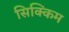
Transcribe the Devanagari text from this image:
सिक्किम